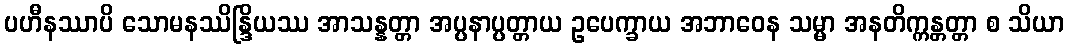
ပဟီနဿာပိ သောမနဿိန္ဒြိယဿ အာသန္နတ္တာ အပ္ပနာပ္ပတ္တာယ ဥပေက္ခာယ အဘာဝေန သမ္မာ အနတိက္ကန္တတ္တာ စ သိယာ